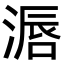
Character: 滣